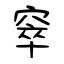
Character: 窣